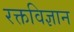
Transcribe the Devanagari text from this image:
रक्तविज्ञान